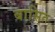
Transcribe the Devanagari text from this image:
बासित